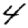
Digit: 4